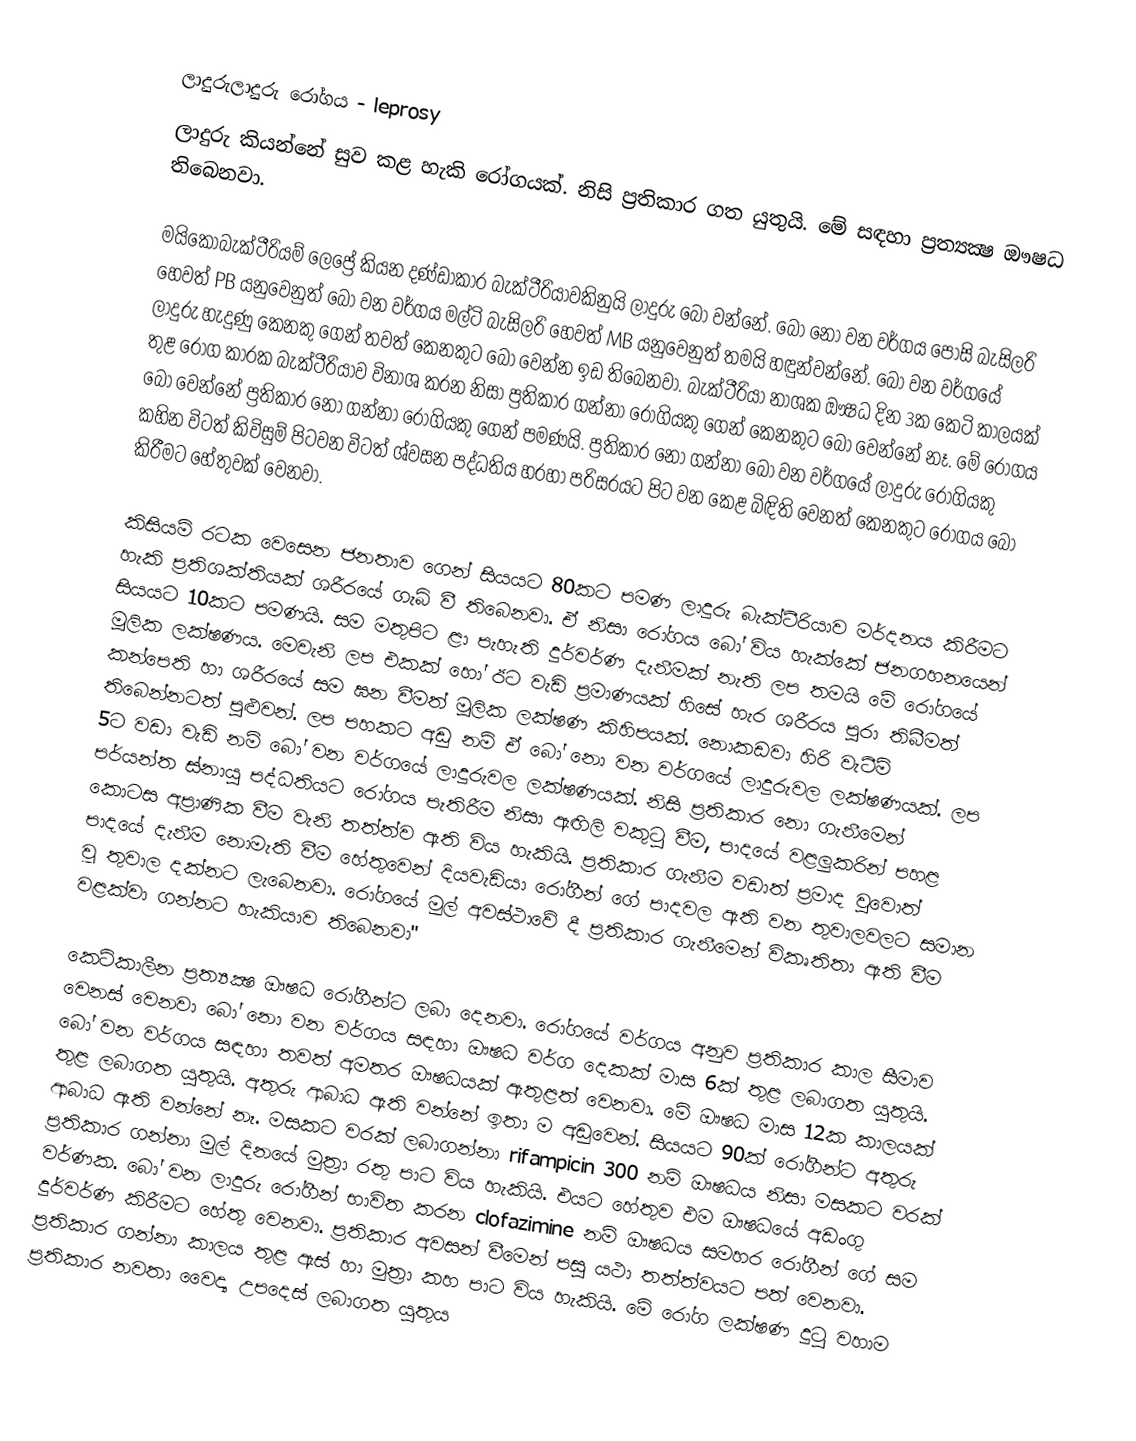
ලාදුරුලාදුරු රෝගය - leprosy
ලාදුරු කියන්නේ සුව කළ හැකි රෝගයක්‌. නිසි ප්‍රතිකාර ගත යුතුයි. මේ සඳහා ප්‍රත්‍යක්‍ෂ ඖෂධ තිබෙනවා.

මයිකෝබැක්‌ටීරියම් ලෙප්‍රේ කියන දණ්‌ඩාකාර බැක්‌ටීරියාවකිනුයි ලාදුරු බෝ වන්නේ. බෝ නො වන වර්ගය පෝසි බැසිලරි හෙවත් PB යනුවෙනුත් බෝ වන වර්ගය මල්ටි බැසිලරි හෙවත් MB යනුවෙනුත් තමයි හඳුන්වන්නේ. බෝ වන වර්ගයේ ලාදුරු හැදුණු කෙනකු ගෙන් තවත් කෙනකුට බෝ වෙන්න ඉඩ තිබෙනවා. බැක්‌ටීරියා නාශක ඖෂධ දින 3ක කෙටි කාලයක්‌ තුළ රෝග කාරක බැක්‌ටීරියාව විනාශ කරන නිසා ප්‍රතිකාර ගන්නා රෝගියකු ගෙන් කෙනකුට බෝ වෙන්නේ නෑ. මේ රෝගය බෝ වෙන්නේ ප්‍රතිකාර නො ගන්නා රෝගියකු ගෙන් පමණයි. ප්‍රතිකාර නො ගන්නා බෝ වන වර්ගයේ ලාදුරු රෝගියකු කහින විටත් කිවිසුම් පිටවන විටත් ශ්වසන පද්ධතිය හරහා පරිසරයට පිට වන කෙළ බිඳිති වෙනත් කෙනකුට රෝගය බෝ කිරීමට හේතුවක්‌ වෙනවා.

කිසියම් රටක වෙසෙන ජනතාව ගෙන් සියයට 80කට පමණ ලාදුරු බැක්‌ටීරියාව මර්දනය කිරීමට හැකි ප්‍රතිශක්‌තියක්‌ ශරීරයේ ගැබ් වී තිබෙනවා. ඒ නිසා රෝගය බෝ විය හැක්‌කේ ජනගහනයෙන් සියයට 10කට පමණයි. සම මතුපිට ළා පැහැති දුර්වර්ණ දැනීමක්‌ නැති ලප තමයි මේ රෝගයේ මූලික ලක්‌ෂණය. මෙවැනි ලප එකක්‌ හෝ ඊට වැඩි ප්‍රමාණයක්‌ හිසේ හැර ශරීරය පුරා තිබීමත් කන්පෙති හා ශරීරයේ සම ඝන වීමත් මූලික ලක්‌ෂණ කිහිපයක්‌. නොකඩවා හිරි වැටීම් තිබෙන්නටත් පුළුවන්. ලප පහකට අඩු නම් ඒ බෝ නො වන වර්ගයේ ලාදුරුවල ලක්‌ෂණයක්‌. ලප 5ට වඩා වැඩි නම් බෝ වන වර්ගයේ ලාදුරුවල ලක්‌ෂණයක්‌. නිසි ප්‍රතිකාර නො ගැනීමෙන් පර්යන්ත ස්‌නායු පද්ධතියට රෝගය පැතිරීම නිසා ඇඟිලි වකුටු වීම, පාදයේ වළලුකරින් පහළ කොටස අප්‍රාණික වීම වැනි තත්ත්ව ඇති විය හැකියි. ප්‍රතිකාර ගැනීම වඩාත් ප්‍රමාද වුවොත් පාදයේ දැනීම නොමැති වීම හේතුවෙන් දියවැඩියා රෝගීන් ගේ පාදවල ඇති වන තුවාලවලට සමාන වූ තුවාල දක්‌නට ලැබෙනවා. රෝගයේ මුල් අවස්‌ථාවේ දී ප්‍රතිකාර ගැනීමෙන් විකෘතිතා ඇති වීම වළක්‌වා ගන්නට හැකියාව තිබෙනවා"

කෙටිකාලීන ප්‍රත්‍යක්‍ෂ ඖෂධ රෝගීන්ට ලබා දෙනවා. රෝගයේ වර්ගය අනුව ප්‍රතිකාර කාල සීමාව වෙනස්‌ වෙනවා බෝ නො වන වර්ගය සඳහා ඖෂධ වර්ග දෙකක්‌ මාස 6ක්‌ තුළ ලබාගත යුතුයි. බෝ වන වර්ගය සඳහා තවත් අමතර ඖෂධයක්‌ ඇතුළත් වෙනවා. මේ ඖෂධ මාස 12ක කාලයක්‌ තුළ ලබාගත යුතුයි. අතුරු ආබාධ ඇති වන්නේ ඉතා ම අඩුවෙන්. සියයට 90ක්‌ රෝගීන්ට අතුරු ආබාධ ඇති වන්නේ නෑ. මසකට වරක්‌ ලබාගන්නා rifampicin 300 නම් ඖෂධය නිසා මසකට වරක්‌ ප්‍රතිකාර ගන්නා මුල් දිනයේ මුත්‍රා රතු පාට විය හැකියි. එයට හේතුව එම ඖෂධයේ අඩංගු වර්ණක. බෝ වන ලාදුරු රෝගීන් භාවිත කරන clofazimine නම් ඖෂධය සමහර රෝගීන් ගේ සම දුර්වර්ණ කිරීමට හේතු වෙනවා. ප්‍රතිකාර අවසන් වීමෙන් පසු යථා තත්ත්වයට පත් වෙනවා. ප්‍රතිකාර ගන්නා කාලය තුළ ඇස්‌ හා මුත්‍රා කහ පාට විය හැකියි. මේ රෝග ලක්‌ෂණ දුටු වහාම ප්‍රතිකාර නවතා වෛද්‍ය උපදෙස්‌ ලබාගත යුතුය